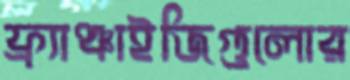
ফ্র্যাঞ্চাইজিগুলোর